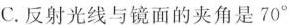
C.反射光线与镜面的夹角是70°